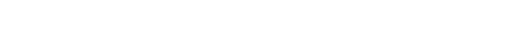
ကျွန်တော် ရှေ့တည့်တည့်ကိုသာ စိုက်ကြည့်နေလိုက်သည်။